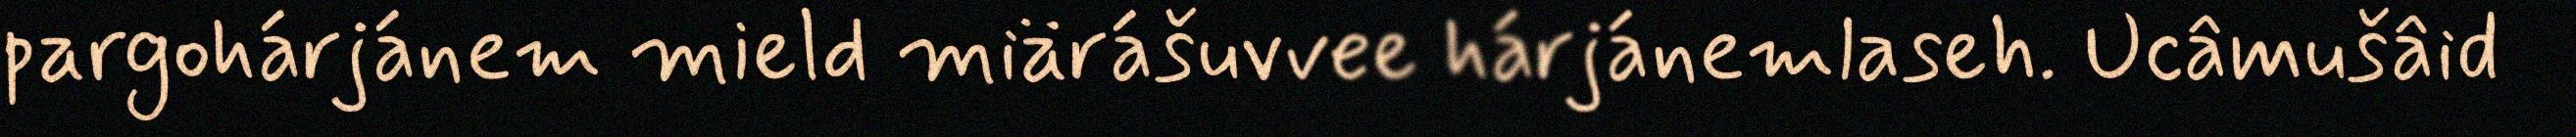
pargohárjánem mield miärášuvvee hárjánemlaseh. Ucâmušâid